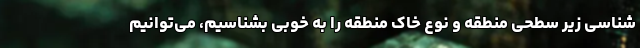
‌شناسی زیر سطحی منطقه و نوع خاک منطقه را به خوبی بشناسیم، می‌توانیم